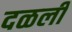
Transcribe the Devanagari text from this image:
दळली